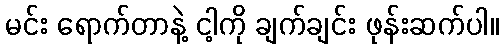
မင်း ရောက်တာနဲ့ ငါ့ကို ချက်ချင်း ဖုန်းဆက်ပါ။